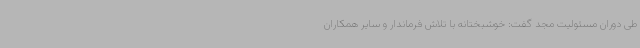
طی دوران مسئولیت مجد گفت: خوشبختانه با تلاش فرماندار و سایر همکاران